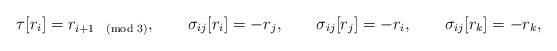
LaTeX: \begin{align*}\tau[r_i]=r_{i+1\pmod 3}, \qquad \sigma_{ij}[r_i]=-r_j, \qquad\sigma_{ij}[r_j]=-r_i,\qquad \sigma_{ij}[r_k]=-r_k,\end{align*}